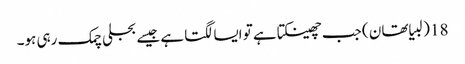
18 (لبیا تھان ) جب چھینکتا ہے تو ایسا لگتا ہے جیسے بجلی چمک رہی ہو۔